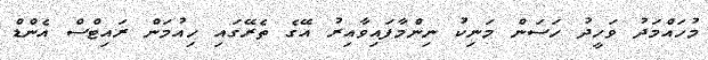
މުހައްމަދު ވަހީދު ހަސަން މަނިކު ނިންމާފައިވާއިރު އޭގެ ތެރޭގައި ހިއުމަން ރައިޓްސް އެންޑް